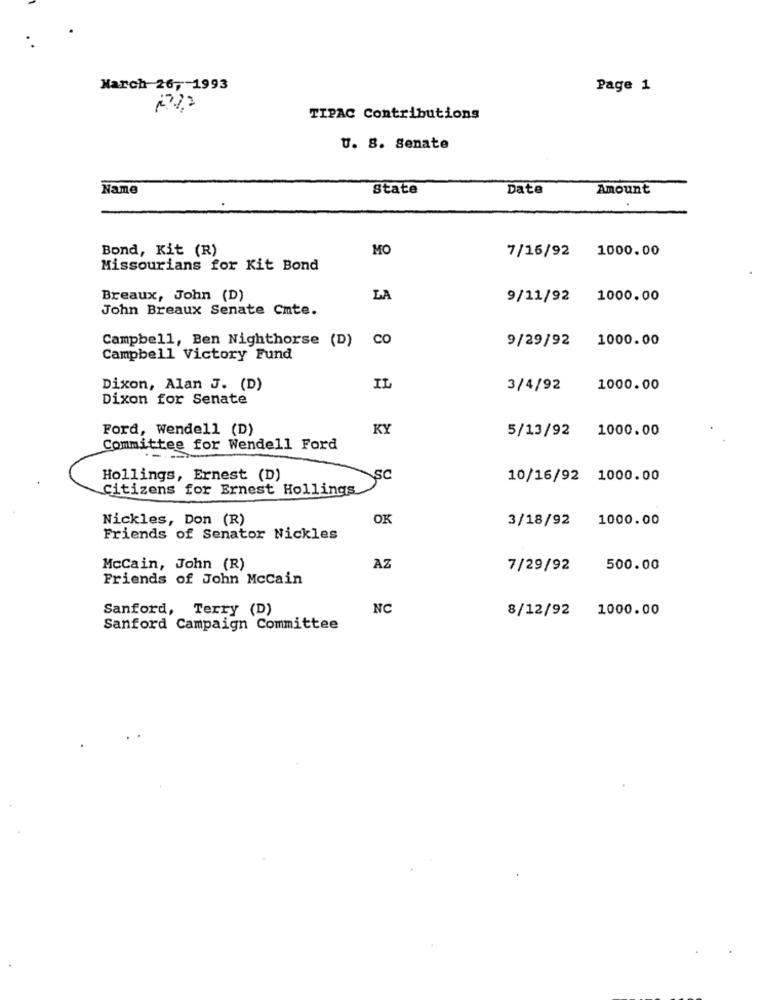
March 26, 1993
Page 1
TIPAC Contributions
U. S. Senate
Name
State
Date
Amount
Bond, Kit (R)
MO
7/16/92
1000.00
Missourians for Kit Bond
Breaux, John (D)
LA
9/11/92 1000.00
John Breaux Senate Cute.
Campbell, Ben Nighthorse (D)
CO
9/29/92 1000.00
Campbell Victory Fund
Dixon, Alan J. (D)
IL
3/4/92
1000.00
Dixon for Senate
Ford, Wendell (D)
KY
5/13/92 1000.00
Committee for Wendell Ford
Hollings, Ernest (D)
SC
10/16/92 1000.00
Citizens for Ernest Hollings
Nickles, Don (R)
OK
3/18/92
1000.00
Friends of Senator Nickles
McCain, John (R)
AZ
7/29/92
500.00
Friends of John Mccain
Sanford, Terry (D)
NO
8/12/92 1000.00
Sanford Campaign Committee